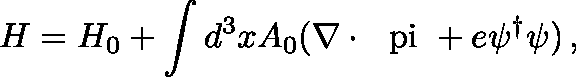
H = H _ { 0 } + \int d ^ { 3 } x A _ { 0 } ( \nabla \cdot \mathrm { \boldmath ~ \ p i ~ } + e \psi ^ { \dagger } \psi ) \, ,